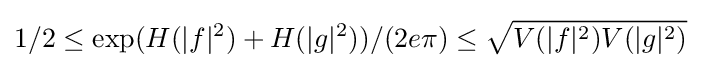
1/2\leq \exp(H(|f|^{2})+H(|g|^{2}))/(2e\pi )\leq {\sqrt {V(|f|^{2})V(|g|^{2})}}~